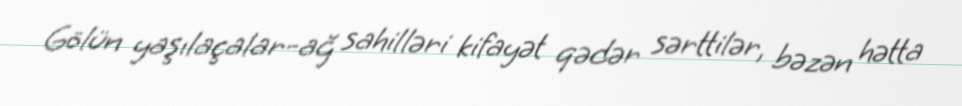
Gölün yaşılaçalar-ağ sahilləri kifayət qədər sərttilər, bəzən hətta